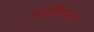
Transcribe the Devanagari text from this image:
उठविणार